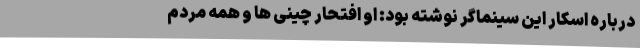
درباره اسکار این سینماگر نوشته بود: او افتحار چینی ها و همه مردم